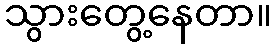
သွားတွေ့နေတာ။